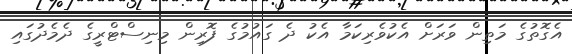
އެގޮތުގެ މަތިން ވަރަށް އެކުވެރިކަމާ އެކު ދެ ގައުމުގެ ފޮރިން މިނިސްޓްރީގެ ދެމެދުގައި